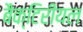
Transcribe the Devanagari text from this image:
बैक्टिरीयल